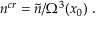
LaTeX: { n } ^ { c r } = \tilde { n } / \Omega ^ { 3 } ( x _ { 0 } ) \; .